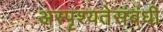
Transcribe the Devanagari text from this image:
अस्पृश्यतेसंबंधी